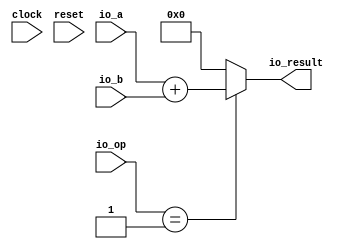
module ALU(
  input         clock,
  input         reset,
  input  [3:0]  io_op,
  input  [31:0] io_a,
  input  [31:0] io_b,
  output [31:0] io_result
);
  wire  _T = io_op == 4'h1; // @[ALU.scala 25:12]
  wire [31:0] _T_2 = io_a + io_b; // @[ALU.scala 26:21]
  assign io_result = _T ? _T_2 : 32'h0; // @[ALU.scala 23:13 ALU.scala 26:15]
endmodule